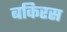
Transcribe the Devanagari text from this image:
बकिरस